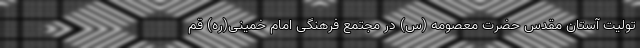
تولیت آستان مقدس حضرت معصومه (س) در مجتمع فرهنگی امام خمینی(ره) قم